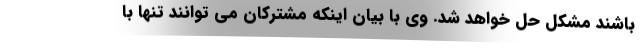
باشند مشکل حل خواهد شد. وی با بیان اینکه مشترکان می توانند تنها با